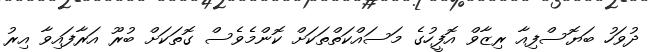
ދުވަހު ބަޔޮސްފިއާ ރިޒާވް އޮފީހުގެ މަސައްކަތްތަކަށް ކޮންމެވެސް ގޮތަކަށް ބުރޫ އަރާފައިވާ އިރު